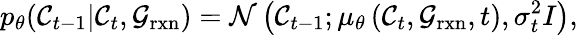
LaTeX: p_{\theta}(\mathcal{C}_{t-1}\vert\mathcal{C}_{t},\mathcal{G}_{\mathrm{rxn}})=\mathcal{N}\left(\mathcal{C}_{t-1};\mu_{\theta}\left(\mathcal{C}_{t},\mathcal{G}_{\mathrm{rxn}},t\right),\sigma_{t}^{2}I\right),